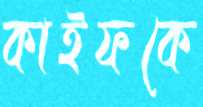
কাইফকে